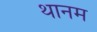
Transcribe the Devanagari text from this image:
थानम